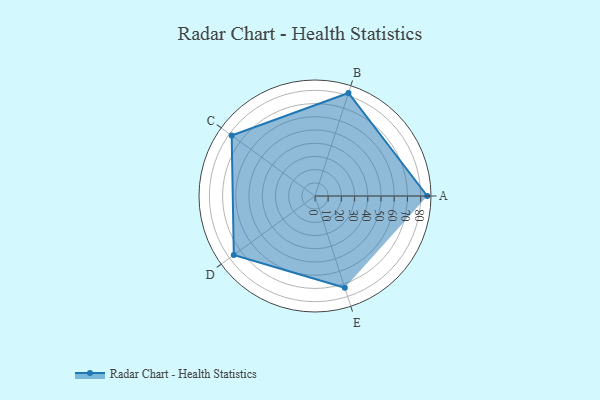
{"axis": {"x": "Skill", "y": "Score"}, "legend": ["Profile"], "data": [{"x": "A", "y": 85.0, "type": "Profile"}, {"x": "B", "y": 82.0, "type": "Profile"}, {"x": "C", "y": 78.0, "type": "Profile"}, {"x": "D", "y": 76.0, "type": "Profile"}, {"x": "E", "y": 73.0, "type": "Profile"}]}